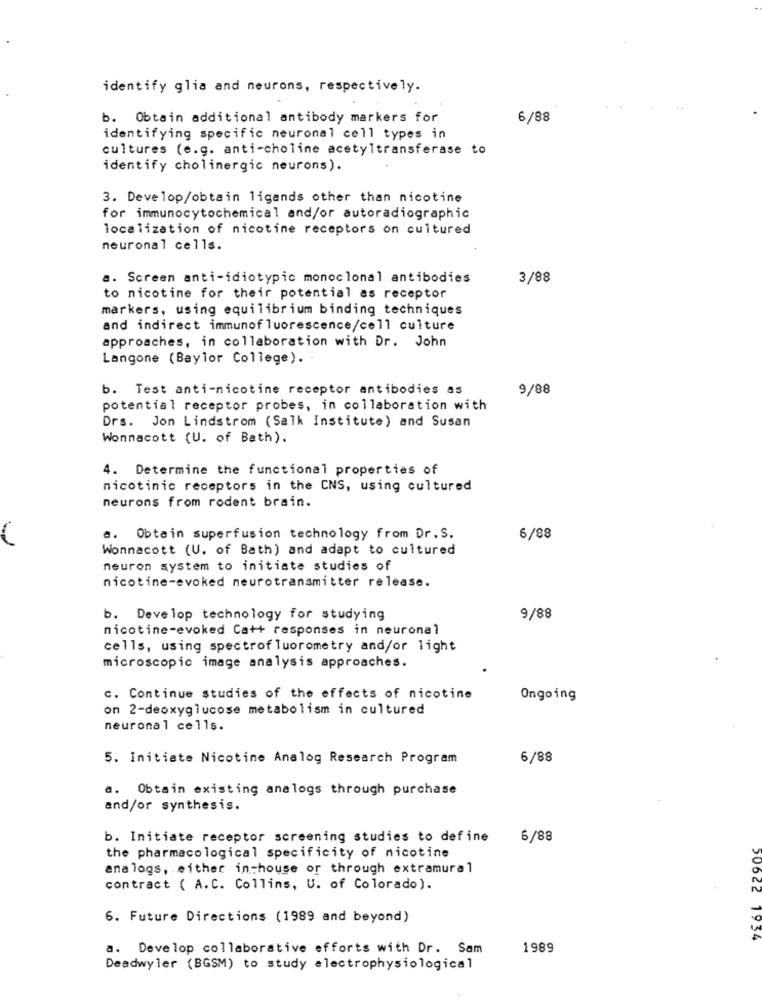
identify glia and neurons, respectively.
b. Obtain additional antibody markers for
6/88
identifying specific neuronal cell types in
cultures (e.g. anti-choline acetyltransferase to
identify cholinergic neurons).
3. Develop/obtain ligands other than nicotine
for immunocytochemical and/or autoradiographic
localization of nicotine receptors on cultured
neuronal cells.
a. Screen anti-idiotypic monoclonal antibodies
3/88
to nicotine for their potential as receptor
markers, using equilibrium binding techniques
and indirect immunofluorescence/cell culture
approaches, in collaboration with Dr. John
Langone (Baylor College). .
b. Test anti-nicotine receptor antibodies as
9/88
potential receptor probes, in collaboration with
Drs. Jon Lindstrom (Salk Institute) and Susan
Wonnacott (U. of Bath).
4. Determine the functional properties of
nicotinic receptors in the CNS, using cultured
neurons from rodent brain.
a. Obtain superfusion technology from Dr.S.
6/88
Wonnacott (U. of Bath) and adapt to cultured
neuron system to initiate studies of
nicotine-evoked neurotransmitter release.
b. Develop technology for studying
9/88
nicotine-evoked Ca++ responses in neuronal
cells, using spectrofluorometry and/or light
microscopic image analysis approaches.
c. Continue studies of the effects of nicotine
Ongoing
on 2-deoxyglucose metabolism in cultured
neuronal cells.
5. Initiate Nicotine Analog Research Program
6/88
a. Obtain existing analogs through purchase
and/or synthesis.
b. Initiate receptor screening studies to define
6/88
the pharmacological specificity of nicotine
analogs, either in-house or through extramural
contract ( A.C. Collins, U. of Colorado).
6. Future Directions (1989 and beyond)
20622 1934
a. Develop collaborative efforts with Dr. Sam
1989
Deadwyler (BGSM) to study electrophysiological